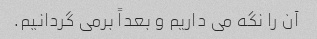
آن را نگه می داریم و بعداً برمی گردانیم.